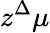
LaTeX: z^{\Delta}\mu